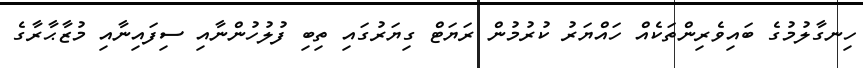
ހިނގާލުމުގެ ބައިވެރިންތަކެއް ހައްޔަރު ކުރުމުން ރަޔަޓް ގިޔަރުގައި ތިބި ފުލުހުންނާއި ސިފައިނާއި މުޒާޙާރާގެ